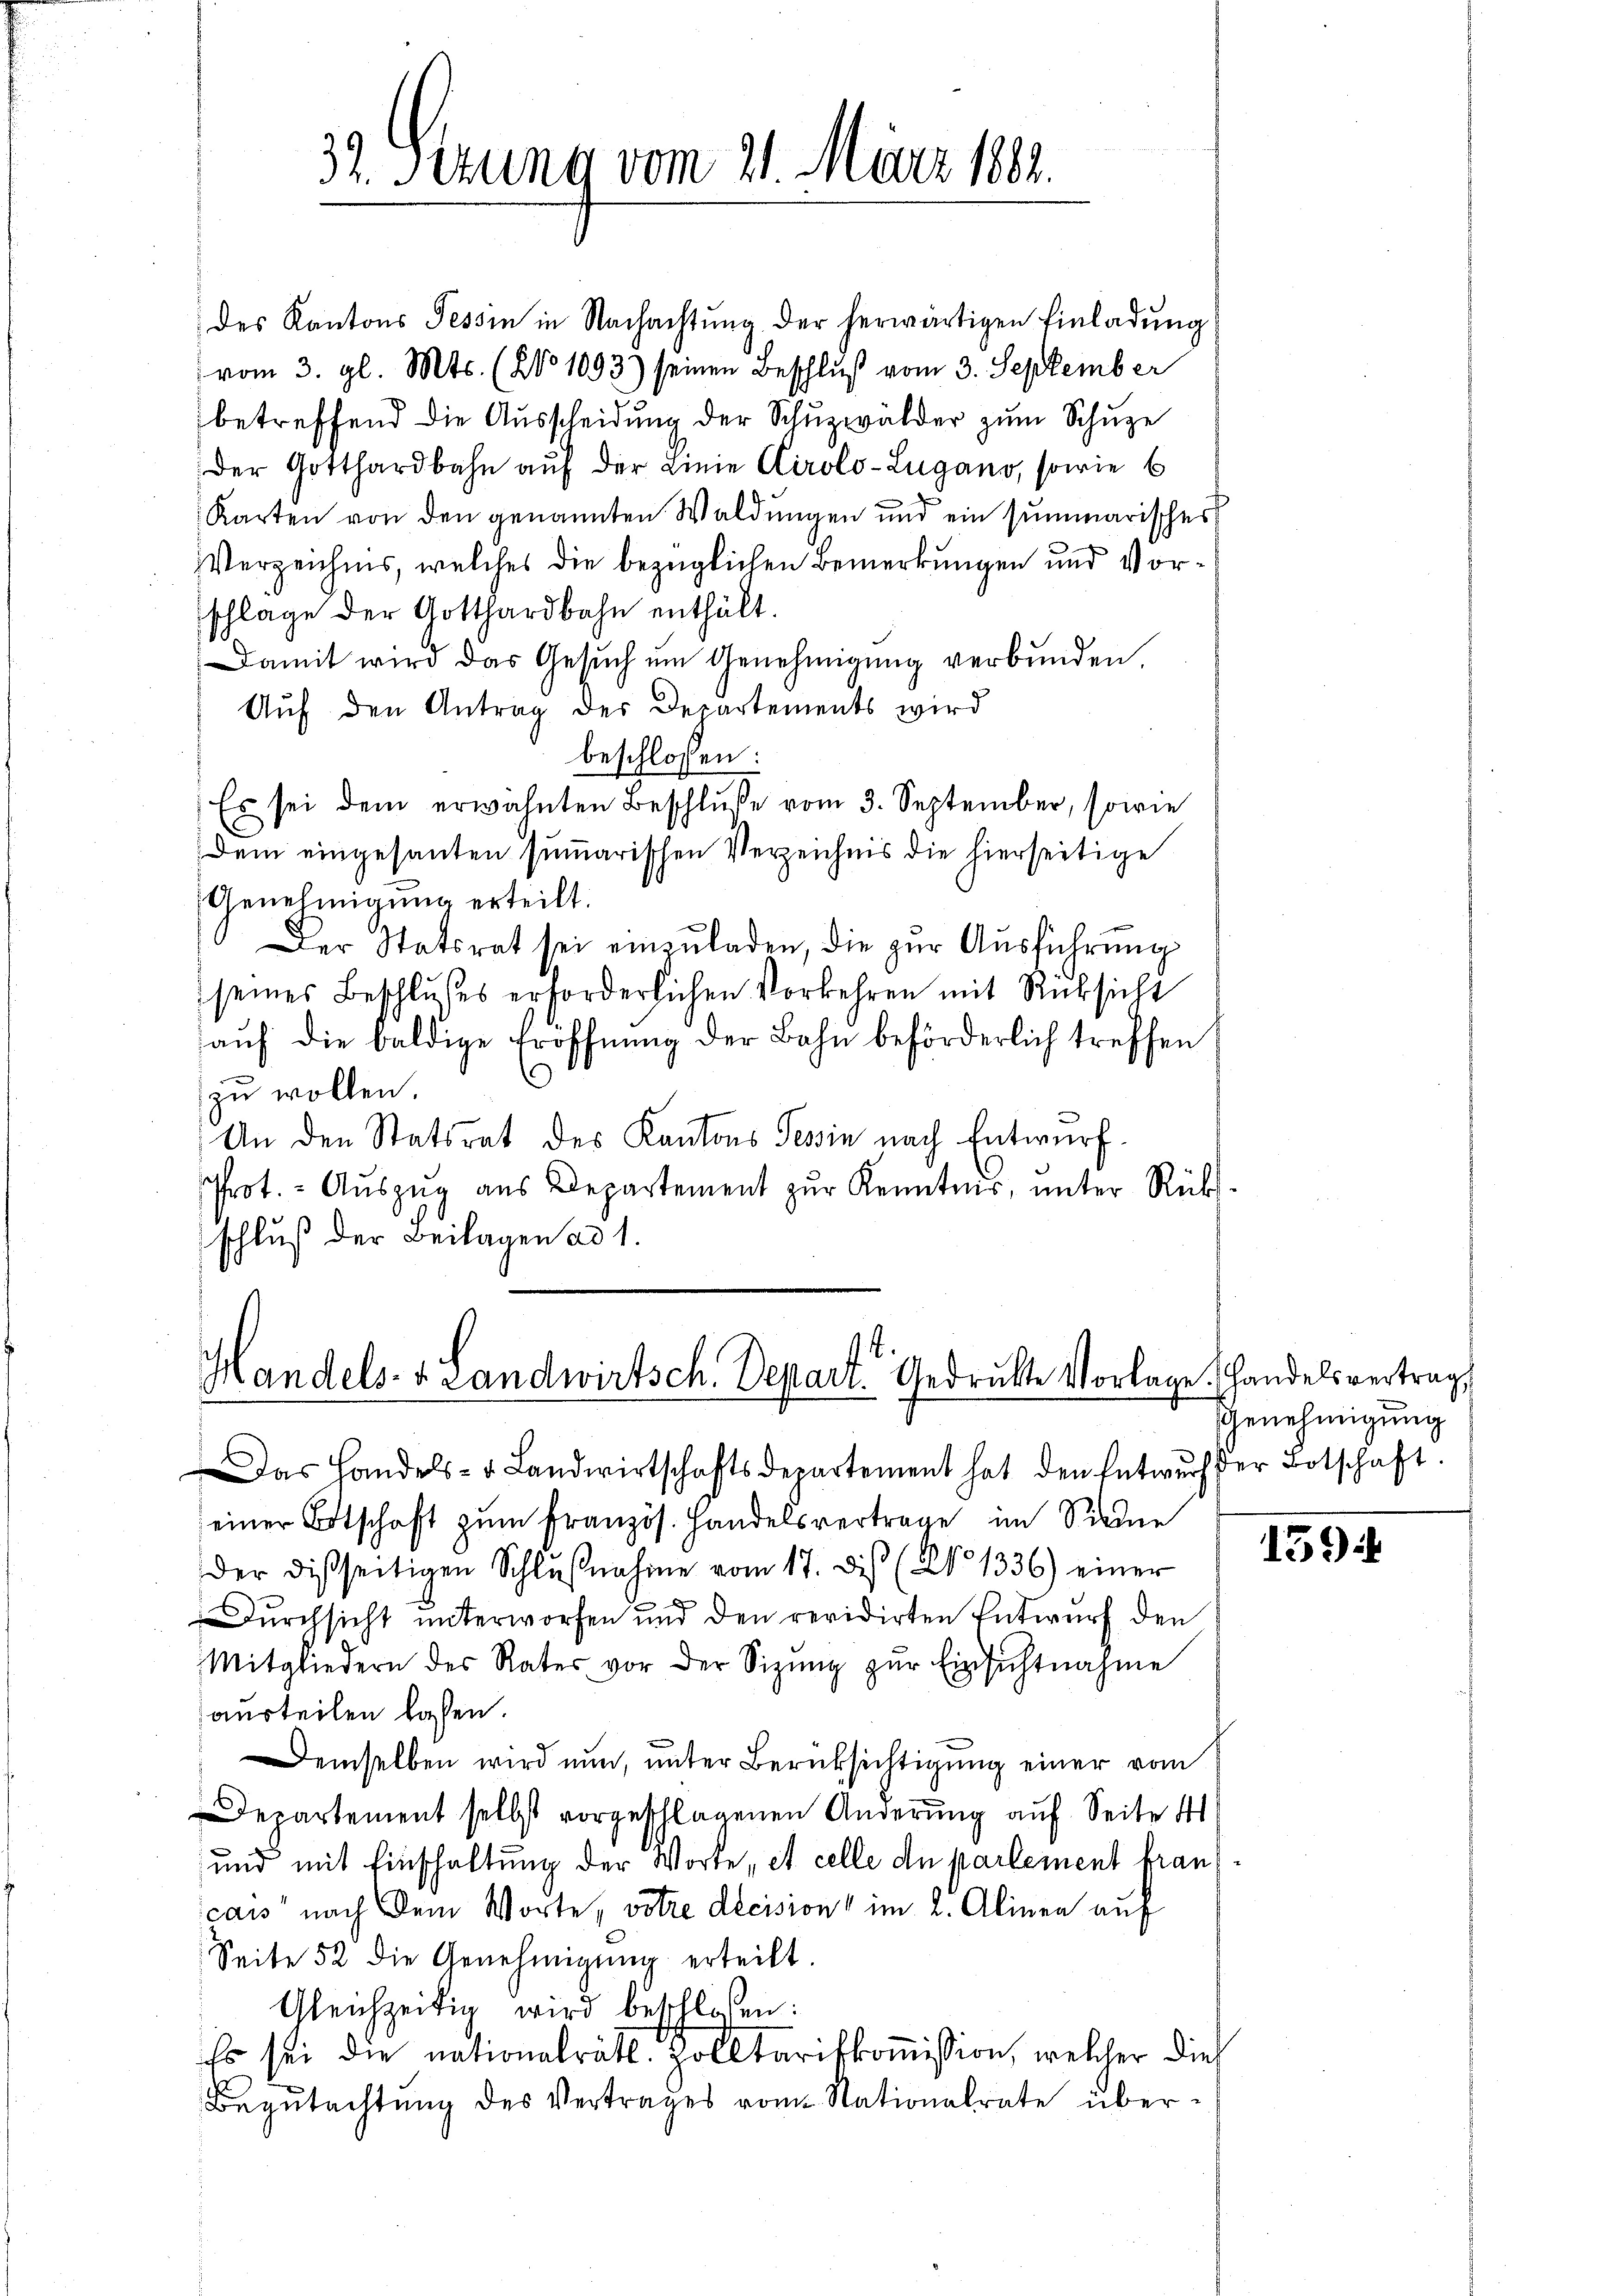
32. Sezung vom 21. März 1882.

des Kantons Tessin in Nachachtung der herwärtigen Einladung
vom 3. gl. Mts. (NNo 1093) seinen Beschluß vom 3. September
betreffend die Ausscheidung der Schuzwälder zum Schuze
der Gotthardbahn auf der Linie Cirolo-Lugano, sowie 6
Karten von den genannten Waldungen und ein summarisches
VVerzeichnis, welches die bezüglichen Bemerkungen und Vorschlage der Gotthardbahn enthält.
Damit wird das Gesuch um Genehmigung verbunden,
Aŭf den Antrag des Departements wird
beschlossen:
 Es sei dem erwähnten Beschluße vom 3. September, sowie
dem eingesanten summarischen Verzeichnis die hierseitige
Genehmigung erteilt.
Der Statsrat sei einzuladen, die zur Ausführung
seines Beschlusses erforderlichen Vorkehren mit Rücksicht
auf die baldige Eröffnung der Bahn beförderlich treffen
zu wollen.
An den Statsrat des Kantons Tessin nach Entwurf.
Prot. - Aŭszŭg aŭs Departement zŭr Kenntnis, ŭnter Rük
schluß der Beilagen ad 1.

Handels- & Landwirtsch. Depart Gedruckte Vorlage. Handelsvertrag,

Das Handels- u Landwirtschaftsdepartement hat den Entwŭrf der Botschaft.
seiner Ortschaft zum Französ. Handelsvertrage im Sinne
der disseitigen Schlŭβnahme vom 17. dis (No 1336) einer
Durchsicht unterworfen und den revidirten Entwurf den
Mitgliedern des Rates vor der Sitzŭng zŭr Einsichtnahme
austeilen lassen.
Demselben wird nun, unter Berüksichtigung einer vom
Departement selbst vorgeschlagenen Änderung auf Seite 41
und mit Einschaftung der Worte, et celle de partement francas“ nach dem Worte, votre decision im 2. Alinen auf
Seite 52 die Genehmigŭng erteilt.
Gleichzeitin wird beschlossen:
Es sei die nationalrätl. Zolltarifkommission, welcher dies
Begŭtachtŭng des Vertrages vom Nationalrate über¬

Genehmigung

139)